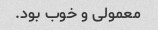
معمولی و خوب بود.